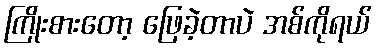
ကြိုးစားတော့ ဖြေခဲ့တာပဲ အစ်ကိုရယ်